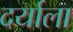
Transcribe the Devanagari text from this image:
दर्याला